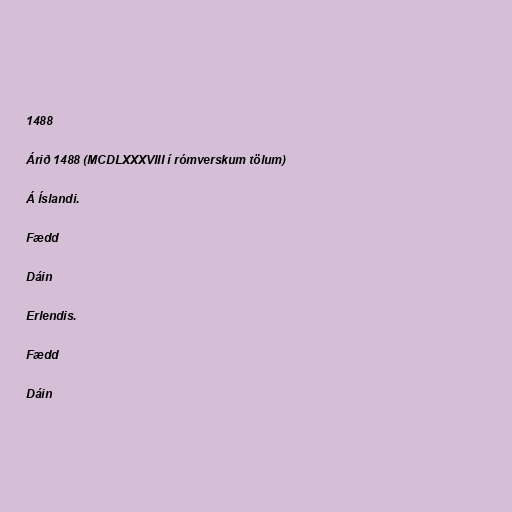
1488

Árið 1488 (MCDLXXXVIII í rómverskum tölum)

Á Íslandi.

Fædd

Dáin

Erlendis.

Fædd

Dáin